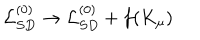
LaTeX: { \cal L } _ { S D } ^ { ( 0 ) } \to { \cal L } _ { S D } ^ { ( 0 ) } + f ( K _ { \mu } )